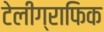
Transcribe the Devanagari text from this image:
टेलीग्राफिक